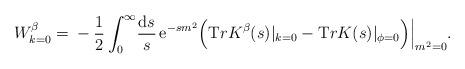
LaTeX: \begin{align*}W^{\beta}_{k=0}= \mbox{}-\frac12 \int_0^{\infty}\! \frac{{\mathrm{d} }s}{s}\, {\mathrm e}^{-s m^2}\Big( {\mathrm Tr} {K}^{\beta} (s)|_{k=0} - {\mathrm Tr} K (s)|_{\phi=0} \Big) \Big|_{m^2=0}.\end{align*}